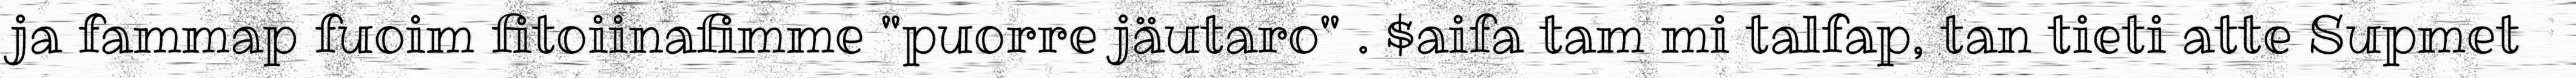
ja fammap fuoim fitoiinafimme "puorre jäutaro" . $aifa tam mi talfap, tan tieti atte Supmet